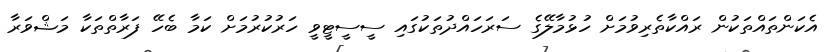
އެކަންތައްތަކުން ރައްކާތެރިވުމަށް ހުޅުމާލޭގެ ސަރަހައްދުތަކުގައި ސީސީޓީވީ ހަރުކުރުމަށް ކަމާ ބެހޭ ފަރާތްތަކާ މަޝްވަރާ